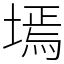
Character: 墕